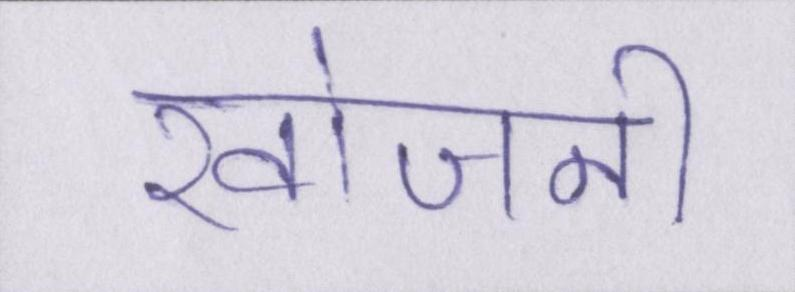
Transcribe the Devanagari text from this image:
खोजनी